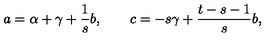
a = \alpha + \gamma + { \frac { 1 } { s } } b , \qquad c = - { s } \gamma + { \frac { t - s - 1 } { s } } b ,